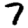
Digit: 7